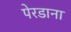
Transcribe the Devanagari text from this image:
पेरडाना